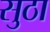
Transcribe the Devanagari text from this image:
सुठा